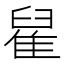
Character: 𨿀